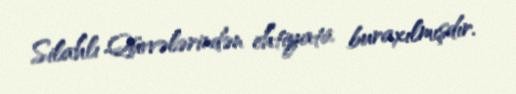
Silahlı Qüvvələrindən ehtiyata buraxılmışdır.